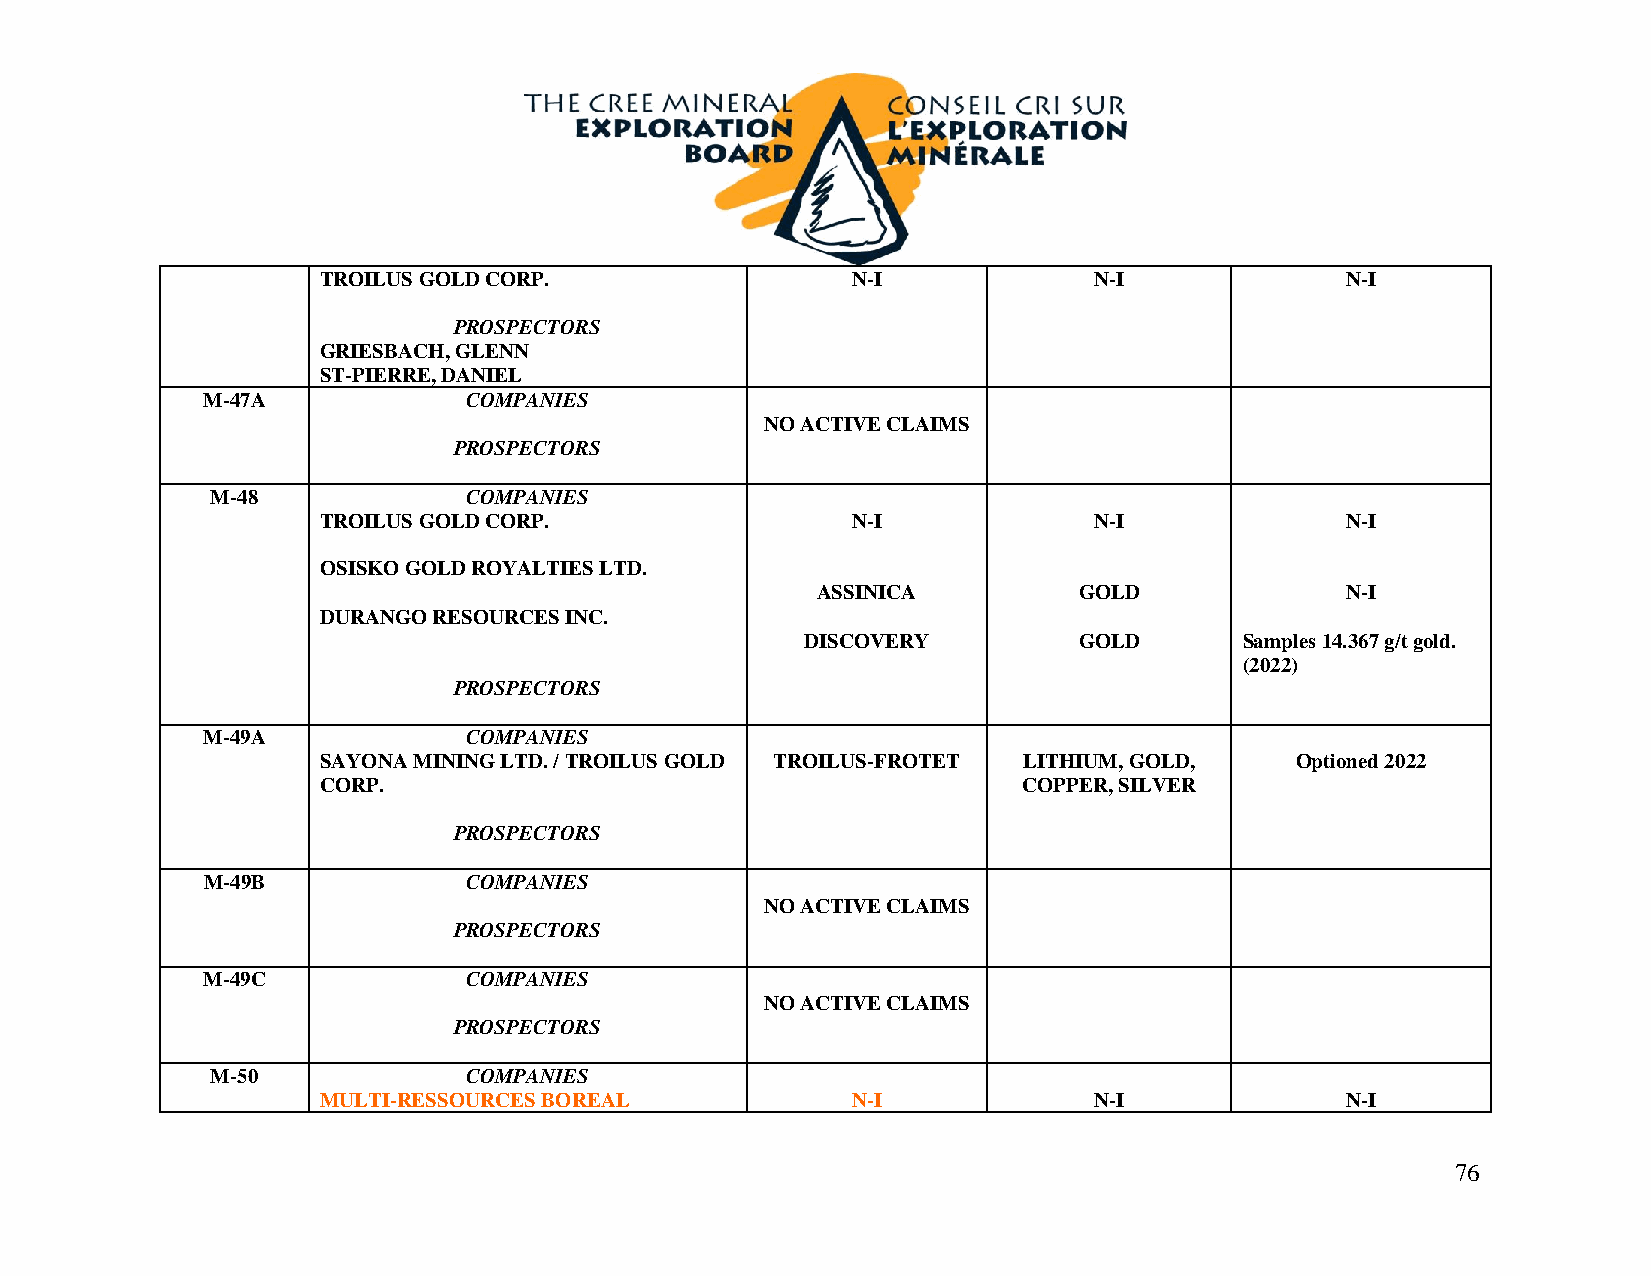
TROILUS GOLD CORP.                 N-I             N-I              N-I
 PROSPECTORS
 GRIESBACH, GLENN
 ST-PIERRE, DANIEL
 M-47A             COMPANIES
 NO ACTIVE CLAIMS
 PROSPECTORS
 M-48             COMPANIES
 TROILUS GOLD CORP.                 N-I             N-I              N-I
 OSISKO GOLD ROYALTIES LTD.
 ASSINICA         GOLD              N-I
 DURANGO RESOURCES INC.
 DISCOVERY         GOLD       Samples 14.367 g/t gold.
 (2022)
 PROSPECTORS
 M-49A             COMPANIES
 SAYONA MINING LTD. / TROILUS GOLD TROILUS-FROTET LITHIUM, GOLD,  Optioned 2022
 CORP.                                          COPPER, SILVER
 PROSPECTORS
 M-49B             COMPANIES
 NO ACTIVE CLAIMS
 PROSPECTORS
 M-49C             COMPANIES
 NO ACTIVE CLAIMS
 PROSPECTORS
 M-50             COMPANIES
 MULTI-RESSOURCES BOREAL            N-I             N-I              N-I
 76